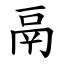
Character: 鬲